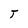
Character: T